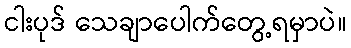
ငါးပုဒ် သေချာပေါက်တွေ့ရမှာပဲ။